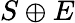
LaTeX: S\oplus E